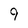
Character: 9